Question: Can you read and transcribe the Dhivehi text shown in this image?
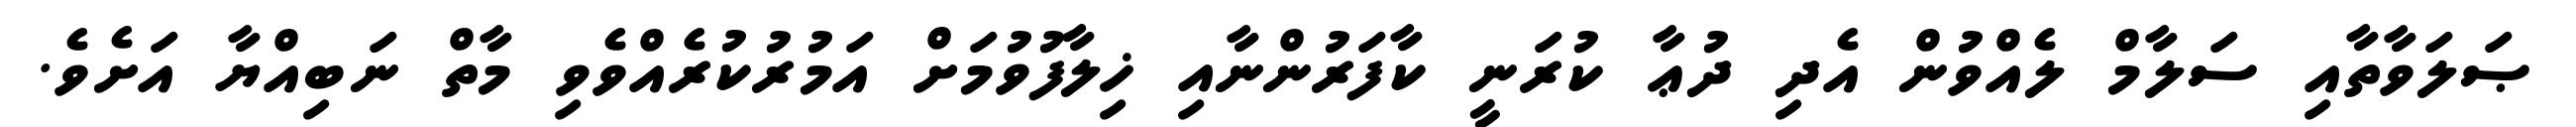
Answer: ޞަލަވާތާއި ސަލާމް ލެއްވުން އެދި ދުޢާ ކުރަނީ ކާފަރުންނާއި ޚިލާފުވުމަށް އަމުރުކުރެއްވެވި މާތް ނަބިއްޔާ އަށެވެ.